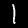
Label: 1